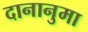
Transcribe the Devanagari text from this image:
दानानुमा